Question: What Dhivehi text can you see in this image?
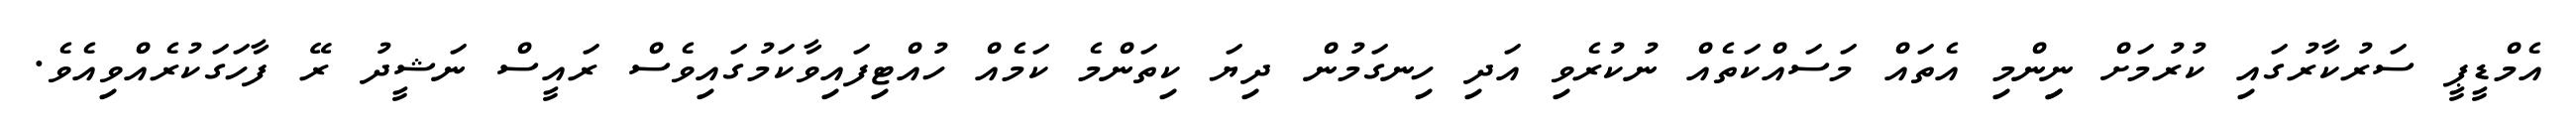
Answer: އެމްޑީޕީ ސަރުކާރުގައި ކުރުމަށް ނިިންމި އެތައް މަސައްކަތެއް ނުކުރެވި އަދި ހިނގަމުން ދިޔަ ކިތަންމެ ކަމެއް ހުއްޓިފައިވާކަމުގައިވެސް ރައީސް ނަޝީދު ރޭ ފާހަގަކުރެއްވިއެވެ.